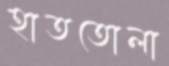
হাততোলা